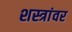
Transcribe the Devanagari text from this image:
शस्त्रांवर